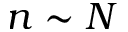
n \sim N